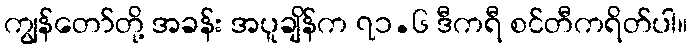
ကျွန်တော်တို့ အခန်း အပူချိန်က ၇၁.၆ ဒီကရီ စင်တီကရိတ်ပါ။